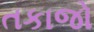
તકાજો